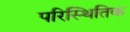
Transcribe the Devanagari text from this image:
परिस्थितिक